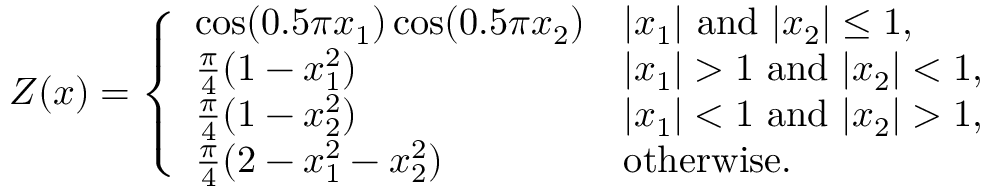
Z ( x ) = \left\{ \begin{array} { l l } { \cos ( 0 . 5 \pi x _ { 1 } ) \cos ( 0 . 5 \pi x _ { 2 } ) } & { | x _ { 1 } | \mathrm { ~ a n d ~ } | x _ { 2 } | \leq 1 , } \\ { \frac { \pi } { 4 } ( 1 - x _ { 1 } ^ { 2 } ) } & { | x _ { 1 } | > 1 \mathrm { ~ a n d ~ } | x _ { 2 } | < 1 , } \\ { \frac { \pi } { 4 } ( 1 - x _ { 2 } ^ { 2 } ) } & { | x _ { 1 } | < 1 \mathrm { ~ a n d ~ } | x _ { 2 } | > 1 , } \\ { \frac { \pi } { 4 } ( 2 - x _ { 1 } ^ { 2 } - x _ { 2 } ^ { 2 } ) } & { \mathrm { o t h e r w i s e } . } \end{array} \right.